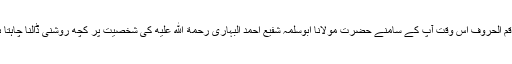
“ راقم الحروف اس وقت آپ کے سامنے حضرت مولانا ابوسلمہ شفیع احمد البہاری رحمة الله عليه کی شخصیت پر کچھ روشنی ڈالنا چاہتا ہے۔